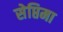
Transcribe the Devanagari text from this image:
सेप्तिमा